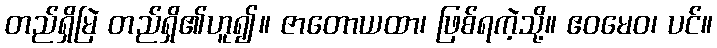
တည်ရှိမြဲ တည်ရှိ၏ဟူ၍။ ဇာတောယထာ၊ ဖြစ်ရကဲ့သို့။ ဧဝမေဝ၊ ပင်။